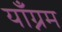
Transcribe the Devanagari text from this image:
याँग्नम